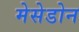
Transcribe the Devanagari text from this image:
मेसेडोन